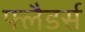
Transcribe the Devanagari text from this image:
फ्लैडर्स